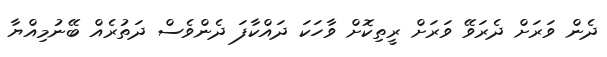
ދެން ވަރަށް ދެރަވޭ ވަރަށް ރީތިކޮށް ވާހަކަ ދައްކާފަ ދެންވެސް ދަތުރެއް ބޭނުމިއްޔާ